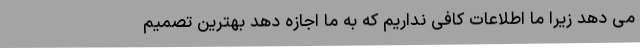
می دهد زیرا ما اطلاعات کافی نداریم که به ما اجازه دهد بهترین تصمیم